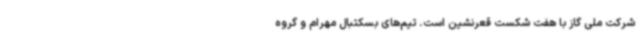
شرکت ملی گاز با هفت شکست قعرنشین است. تیم‌های بسکتبال مهرام و گروه